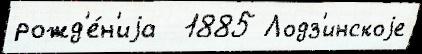
рожд'е́н'иjа  1885 Лодз'инскоjе